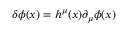
\delta \phi ( x ) = h ^ { \mu } ( x ) \partial _ { \mu } \phi ( x )